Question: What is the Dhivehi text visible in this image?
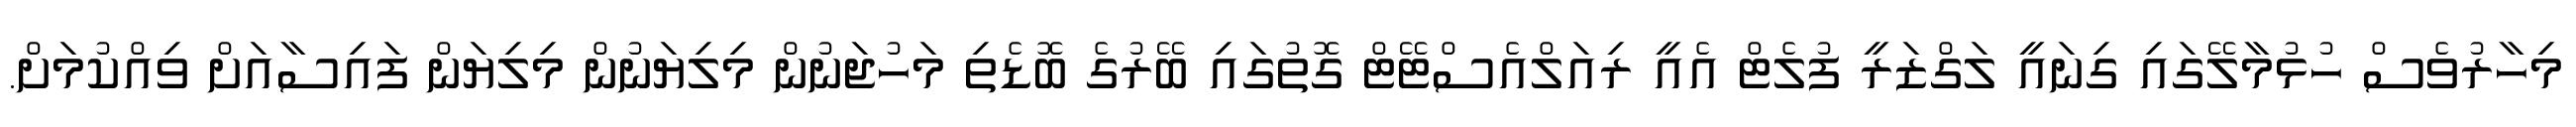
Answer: މިހާރުވެސް ހުޅުމާލޭގައި ގިނައީ ލަގްޒަރީ ފުލެޓް އެއީ ރިއަލްއެސްޓޭޓް ގޮތުގައި ބޭރުގެ ބޮޑެތި މަހުޖަނުން މިލިޔަނުން މިލިޔަން ފައިސާއަށް ވިއްކުމަށް.